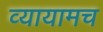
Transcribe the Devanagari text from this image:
व्यायामच